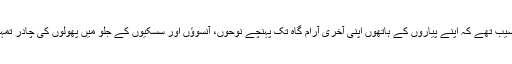
بس تم خوش نصیب تھے کہ اپنے پیاروں کے ہاتھوں اپنی آخری آرام گاہ تک پہنچے نوحوں، آنسوؤں اور سسکیوں کے جلَو میں پھولوں کی چادر تمہیں نصیب ہوئ۔